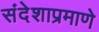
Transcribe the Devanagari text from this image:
संदेशाप्रमाणे